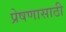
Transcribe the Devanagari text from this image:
प्रेषणासाठी